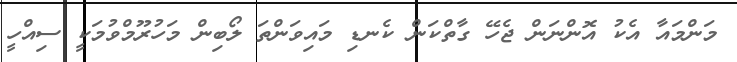
މަންމައާ އެކު އޮންނަން ޖެހޭ ގާތްކަން ކެނޑި މައިވަންތަ ލޯބިން މަހުރޫމްވުމަކީ ސިއްހީ